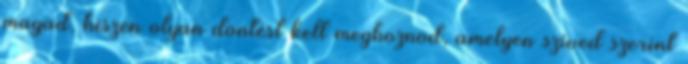
magad, hiszen olyan döntést kell meghoznod, amelyen szíved szerint